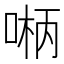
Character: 𫪲